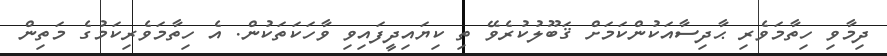
ދިމާވި ހިތާމަވެރި ޙާދިސާއަކުންކަމަށް ޤަބޫލުކުރެވޭ ތި ކިޔައިދީފައިވި ވާހަކަތަކުން. އެ ހިތާމަވެރިކަމުގެ މަތިން